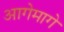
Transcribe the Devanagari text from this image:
आगेमागे